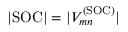
| \mathrm { S O C } | = | V _ { m n } ^ { ( \mathrm { S O C ) } } |